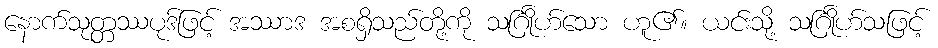
နောက်သုတ္တဿပုဒ်ဖြင့် အဿာဒ အစရှိသည်တို့ကို သင်္ဂြိုဟ်သော ဟူ၏။ ယင်းသို့ သင်္ဂြိုဟ်သဖြင့်